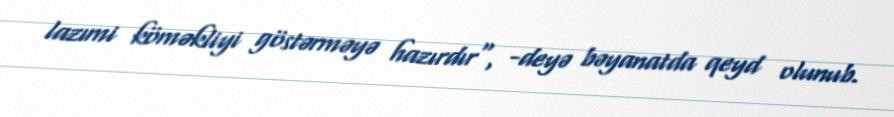
lazımi köməkliyi göstərməyə hazırdır", -deyə bəyanatda qeyd olunub.